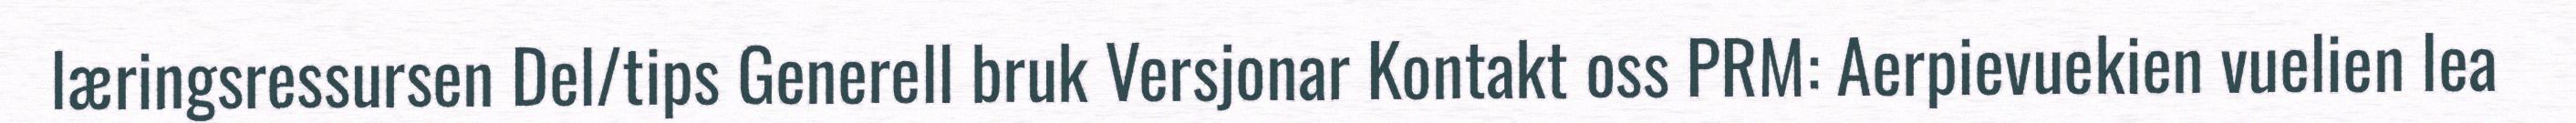
læringsressursen Del/tips Generell bruk Versjonar Kontakt oss PRM: Aerpievuekien vuelien lea